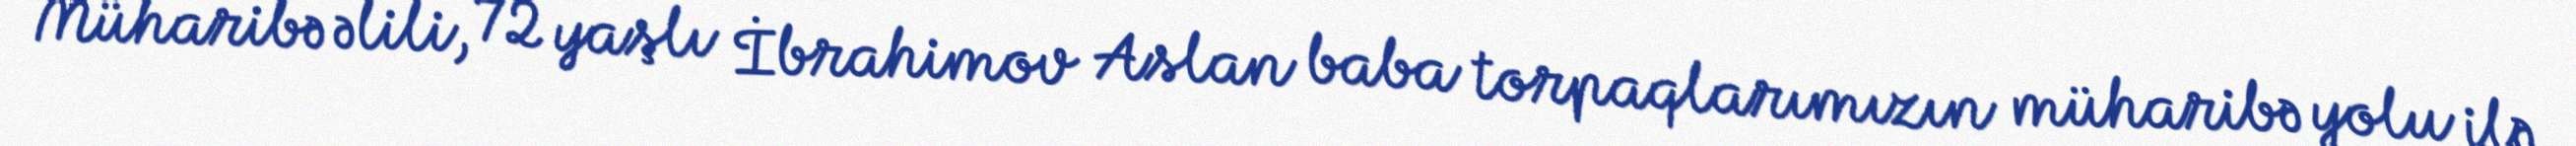
Müharibə əlili, 72 yaşlı İbrahimov Aslan baba torpaqlarımızın müharibə yolu ilə